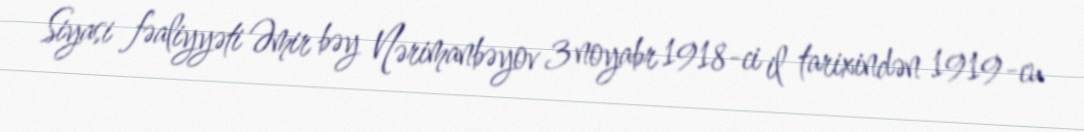
Siyasi fəaliyyəti Əmir bəy Nərimanbəyov 3 noyabr 1918-ci il tarixindən 1919-cu